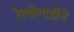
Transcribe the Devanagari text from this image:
रेल्वेगाडीने